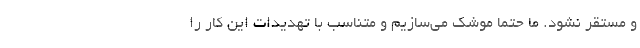
و مستقر نشود. ما حتما موشک می‌سازیم و متناسب با تهدیدات این کار را